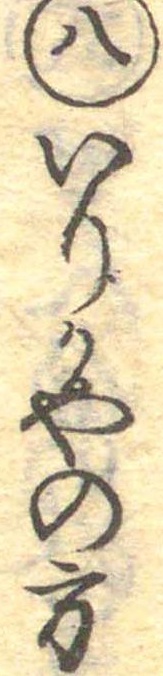
八いりかやの方